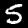
Digit: 5